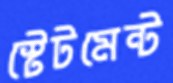
স্টেটমেন্ট